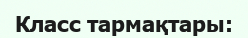
Класс тармақтары: